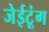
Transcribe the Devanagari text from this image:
जेईटूंग